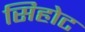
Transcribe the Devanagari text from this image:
सिहोट